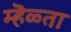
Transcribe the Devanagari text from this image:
म्हॆळ्ता